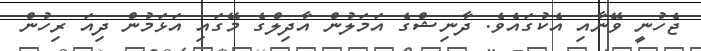
ޖެހުނީ ވޭނާއި އެކުގައެވެ. ދާނިޝްގެ އަމަލުން އާދިލްގެ މޭގައި އަޅަމުން ދިއަ ރިހުން